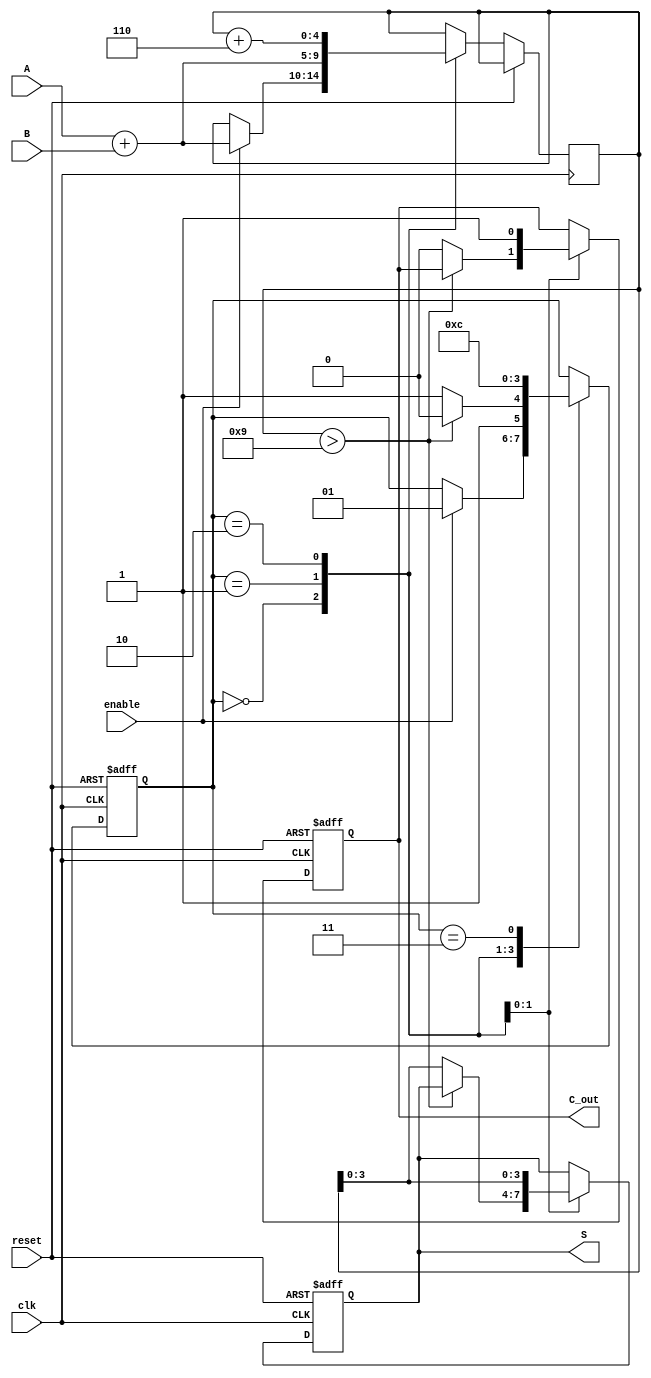
module BCD_Sequential_Adder (
    input wire [3:0] A,        // First BCD digit
    input wire [3:0] B,        // Second BCD digit
    input wire clk,            // Clock signal
    input wire reset,          // Reset signal
    input wire enable,         // Enable signal
    output reg [3:0] S,        // BCD result
    output reg C_out           // Carry-out signal
);

    // Internal states
    reg [4:0] sum;             // 5-bit sum to accommodate carry
    reg [1:0] state;           // State register
    localparam IDLE = 2'b00,   // Idle state
               ADD = 2'b01,    // Addition state
               CORRECT = 2'b10,// Correction state
               OUTPUT = 2'b11;  // Output state

    // Sequential logic
    always @(posedge clk or posedge reset) begin
        if (reset) begin
            S <= 4'b0000;      // Initialize result to 0
            C_out <= 1'b0;     // Initialize carry-out to 0
            state <= IDLE;     // Set state to IDLE
        end else begin
            case (state)
                IDLE: begin
                    if (enable) begin
                        sum <= A + B; // Start addition
                        state <= ADD; // Move to ADD state
                    end
                end
                
                ADD: begin
                    sum <= A + B; // Calculate sum
                    if (sum > 9) begin
                        state <= CORRECT; // Move to CORRECT state
                    end else begin
                        S <= sum[3:0];    // Valid BCD result
                        C_out <= 1'b0;    // No carry-out
                        state <= OUTPUT;   // Move to OUTPUT state
                    end
                end
                
                CORRECT: begin
                    sum <= sum + 5'd6; // Add correction value (6)
                    S <= sum[3:0];      // Update result
                    C_out <= 1'b1;      // Set carry-out
                    state <= OUTPUT;     // Move to OUTPUT state
                end
                
                OUTPUT: begin
                    // Output is already updated, return to IDLE
                    state <= IDLE;
                end
                
                default: state <= IDLE; // Safety default
            endcase
        end
    end
endmodule